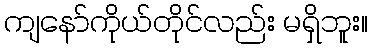
ကျနော်ကိုယ်တိုင်လည်း မရှိဘူး။